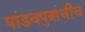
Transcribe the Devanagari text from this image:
पांडवपुत्रांचीच